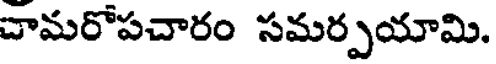
చామరోపచారం సమర్పయామి.